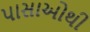
પાસાઓથી